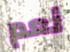
نعم